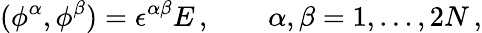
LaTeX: (\phi^{\alpha},\phi^{\beta})=\epsilon^{\alpha\beta}E\, ,\qquad\alpha,\beta=1,\dots,2N\, ,